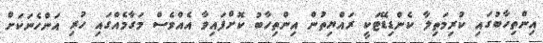
އިންތިހާބުގައި ކުރިމަތިލާ ކެންޑިޑޭޓަކީ ރައްޔިތުން އިންތިހާބު ކޮށްފައިވާ އެއްވެސް މަގާމެއްގައި ހުރި އަންހެނަކަށް